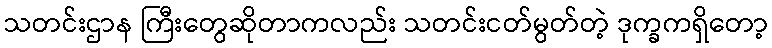
သတင်းဌာန ကြီးတွေဆိုတာကလည်း သတင်းငတ်မွတ်တဲ့ ဒုက္ခကရှိတော့